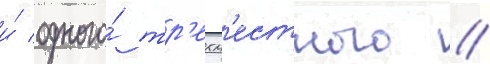
и́ одного́ тр'ехм'естного //